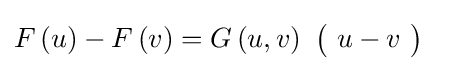
F\left(u\right)-F\left(v\right)=G\left(u,v\right)\ {\bigl (}\ u-v\ {\bigr )}\quad